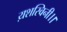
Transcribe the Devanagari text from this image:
य़शस्विनी।।